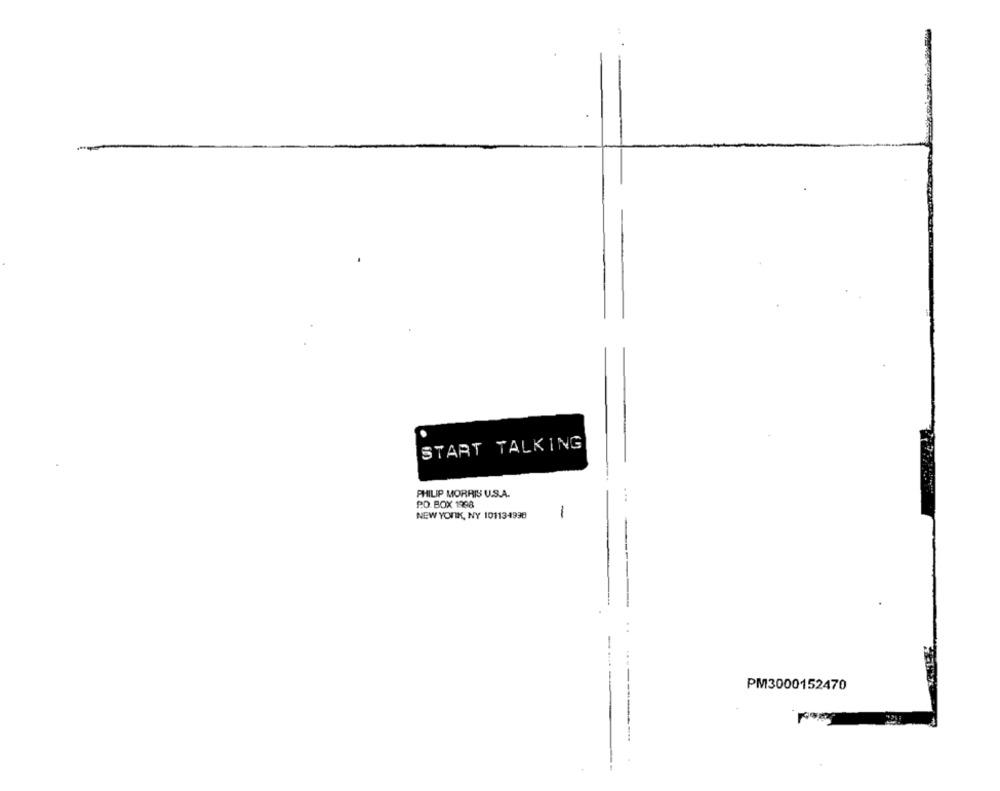
START TALKING
PHILIP MORRIS U.S.A.
P.O. BOX 1998
NEW YORK, NY 101134998
1
PM3000152470